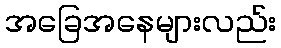
အခြေအနေများလည်း